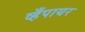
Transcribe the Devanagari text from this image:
व्हँपायर